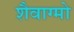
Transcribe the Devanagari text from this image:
शैवाग्मो